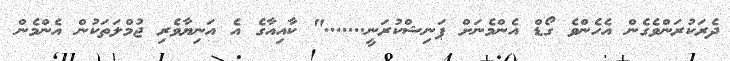
ދެރަކުރަންވެގެން އެހެންވެ ގޯޑް އެންމެނަށް ޕަނިޝްކުރަނީ......." ކާއިއާގެ އެ އަނިޔާވެރި ޖުމްލަތަކުން އެންމެން